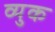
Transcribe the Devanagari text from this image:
व्युक